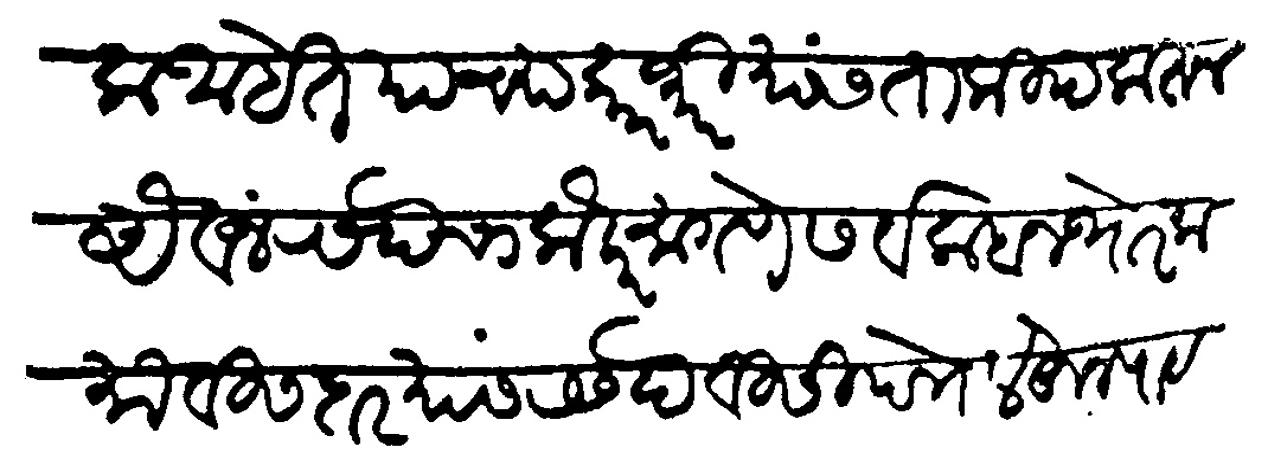
Transliteration (Devanagari): आहेत याच्या कारभारी यास ताकीद करून अैवज रसदेचा लौकर मागणे सर्व कबज थोर कमावीसदार यास रसदेवीसी पत्रे लेहून पाठवणे